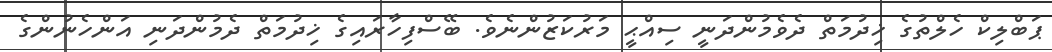
ޕަބްލިކް ހެލްތުގެ ޚިދުމަތް ދެވެމުންދަނީ ސިއްޙީ މަރުކަޒުންނެވެ. ބޭސްފިހާރައިގެ ޚިދުމަތް ދެމުންދަނި އަންހެނުންގެ